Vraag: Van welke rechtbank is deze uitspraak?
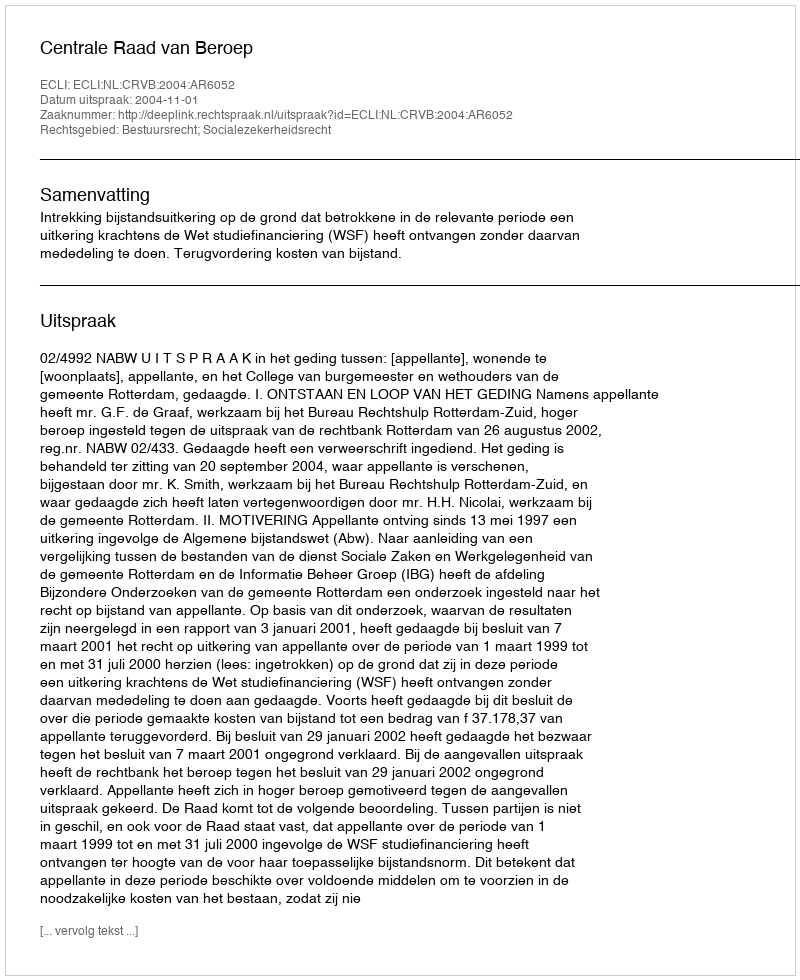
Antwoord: Centrale Raad van Beroep